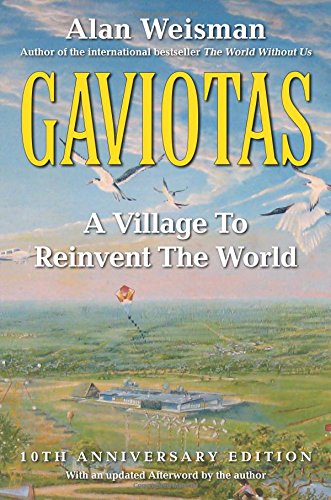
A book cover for Gaviotas: A Village to Reinvent the World, 2nd Edition; Alan Weisman; Business & Money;